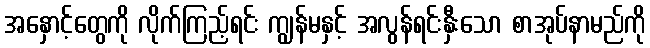
အနှောင့်တွေကို လိုက်ကြည့်ရင်း ကျွန်မနှင့် အလွန်ရင်းနှီးသော စာအုပ်နာမည်ကို